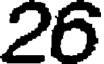
26